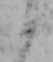
か